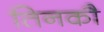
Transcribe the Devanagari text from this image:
तिनकौ